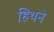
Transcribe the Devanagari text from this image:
हिथने